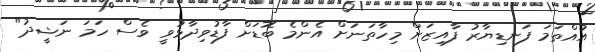
އުއްތަމަ ފަނޑިޔާރު ފާއިޒަށް މިހާތަނަށް އެންމެ ބޮޑަށް ފާޑުވިދާޅުވީ ވެސް ހަމަ ނަޝީދު"